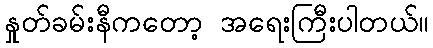
နှုတ်ခမ်းနီကတော့ အရေးကြီးပါတယ်။